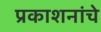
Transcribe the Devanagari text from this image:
प्रकाशनांचे